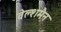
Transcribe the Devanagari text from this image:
वेल्शमैन